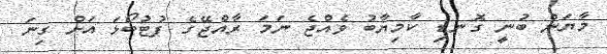
މާޔަން ބުނީ ގޮނޑި ކާމިޔާބު ވެއްޖެ ނަމަ ރާއްޖޭގެ ފުޓުބޯޅަ އަށް ގިނަ